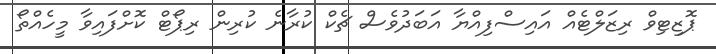
ޕޮޒިޓިވް ރިޒަލްޓެއް އައިސްފިއްޔާ އަބަދުވެސް ޗެކް ކުރާނެ ކުރިން ރިޕޯޓް ކޮށްފަައިވާ މީހެއްތޯ